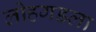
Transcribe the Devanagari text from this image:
लोहगडला